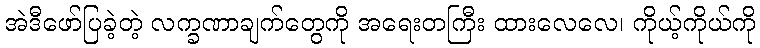
အဲဒီဖော်ပြခဲ့တဲ့ လက္ခဏာချက်တွေကို အရေးတကြီး ထားလေလေ၊ ကိုယ့်ကိုယ်ကို